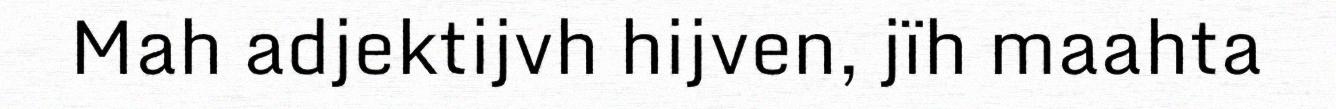
Mah adjektijvh hijven, jïh maahta